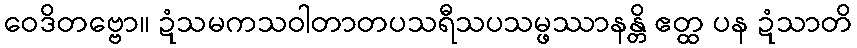
ဝေဒိတဗ္ဗော။ ဍံသမကသဝါတာတပသရီသပသမ္ဖဿာနန္တိ ဧတ္ထ ပန ဍံသာတိ